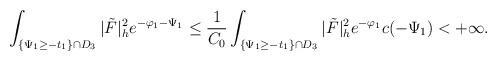
LaTeX: \begin{align*}\int_{\{\Psi_1\ge-t_1\}\cap D_3}|\tilde{F}|^2_he^{-\varphi_1-\Psi_1}\le\frac{1}{C_0}\int_{\{\Psi_1\ge-t_1\}\cap D_3}|\tilde{F}|^2_he^{-\varphi_1}c(-\Psi_1)<+\infty.\end{align*}